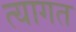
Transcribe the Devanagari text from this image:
त्यागत